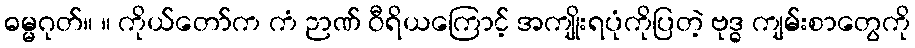
ဓမ္မဂုတ်။ ။ ကိုယ်တော်က ကံ ဉာဏ် ဝီရိယကြောင့် အကျိုးရပုံကိုပြတဲ့ ဗုဒ္ဓ ကျမ်းစာတွေကို